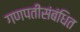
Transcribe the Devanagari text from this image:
गणपतीसंबंधित